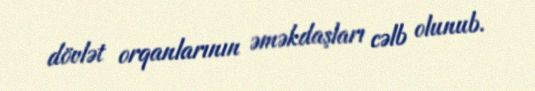
dövlət orqanlarının əməkdaşları cəlb olunub.